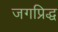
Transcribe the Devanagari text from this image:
जगप्रिद्ध